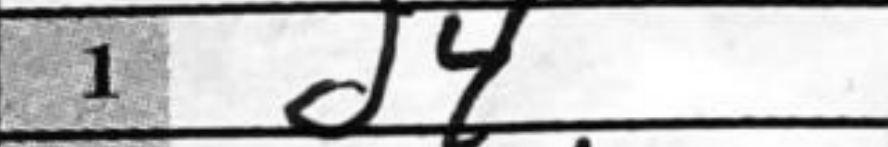
Transcription: d4